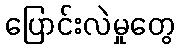
ပြောင်းလဲမှုတွေ